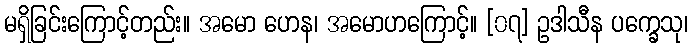
မရှိခြင်းကြောင့်တည်း။ အမော ဟေန၊ အမောဟကြောင့်။ [၀၇] ဥဒါသီန ပက္ခေသု၊